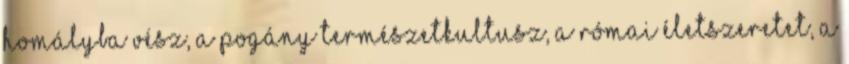
homályba vész, a pogány természetkultusz, a római életszeretet, a